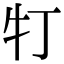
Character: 𤘖